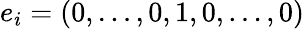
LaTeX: e_{i}=(0,\ldots,0,1,0,\ldots,0)